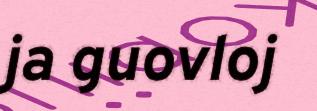
ja guovloj